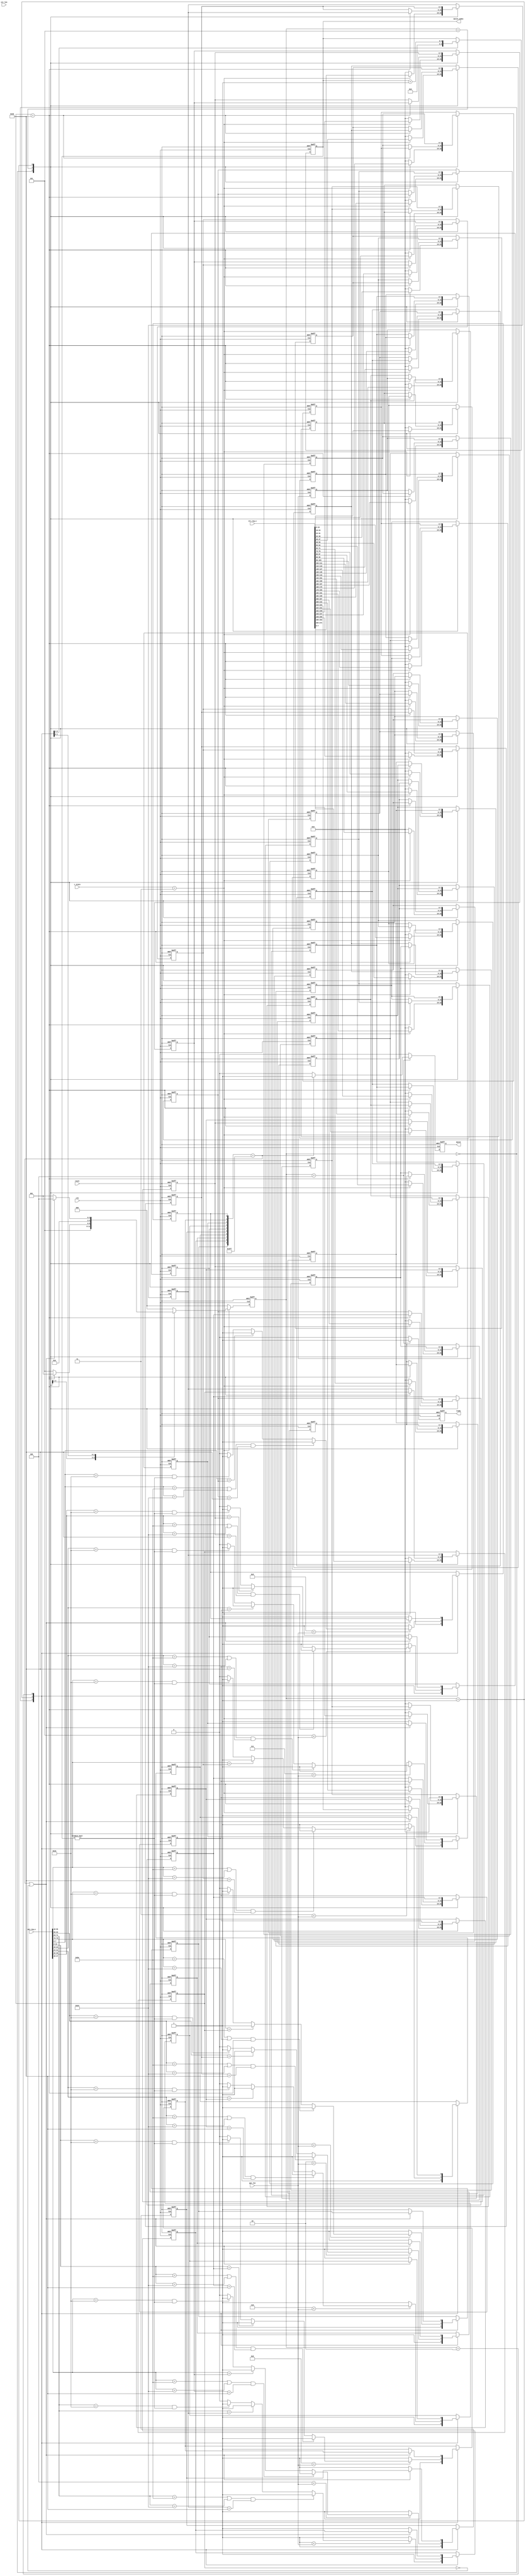
`timescale 1ns/10ps
module SME_COMP (
        input reset,
        input clk,
        input [271:0] str_reg_w,
        input [79:0] pat_reg_w,
        input [5:0] str_len,
        input [3:0] pat_len,
        input [2:0] c_state,
        output reg ready,
        output reg match,
        output reg [4:0] match_index
);

// ----------------------------------------------------------------------------
// parameter & genvar
// ----------------------------------------------------------------------------
parameter HEAD = 8'd94;
parameter TAIL = 8'd36;
parameter DOT = 8'd46;
parameter SPACE = 8'd32;

parameter COMP = 'd3;

parameter S_IDLE = 'd0;
parameter S_CLEAN = 'd5;
parameter S_COMP = 'd1;
parameter S_CHECK = 'd2;
parameter S_OUTPUT = 'd4;

genvar i;

// ----------------------------------------------------------------------------
// reg & wire
// ----------------------------------------------------------------------------


reg [7:0] str_buf[33:0];
reg [9:0] flag;
reg [2:0] cs;



wire [7:0] str_reg[33:0];
wire [7:0] pat_reg[9:0];
generate
for(i = 0; i<34; i= i+1)begin
	assign str_reg[i] = str_reg_w[8*i +:8];
end
endgenerate
generate
for(i = 0; i<10; i= i+1)begin
	assign pat_reg[i] = pat_reg_w[8*i +:8];
end
endgenerate


// ----------------------------------------------------------------------------
// Design
// ----------------------------------------------------------------------------

generate 
for (i = 0; i < 10; i = i + 1) begin
    always @(posedge clk or posedge reset) begin
        if (reset) flag[i] <= 1'b0;
        else begin
            case (cs) 
                S_IDLE : flag[i] <= 1'b1;
                S_COMP : begin
                    if (9 - i < pat_len) begin
                        if ((pat_reg[i] == HEAD || pat_reg[i] == TAIL) && str_buf[i + 24] == SPACE) flag[i] <= 1'b1;
                        else if (pat_reg[i] == str_buf[i + 24]) flag[i] <= 1'b1;
                        else if (pat_reg[i] == DOT && match_index != 5'd0) flag[i] <= 1'b1;
                        else flag[i] <= 1'b0;
                    end
                    else flag[i] <= 1'b1;
                end
                S_CHECK : flag[i] <= (flag == 10'b11_1111_1111 || str_buf[33] == 8'd0) ? flag[i] : 1'b1;
                default : flag[i] <= flag[i];
            endcase
        end
    end
end
endgenerate

// always @(posedge clk or posedge reset) begin
//     if (reset) cnt <= 3'd0;
//     else begin
//         case (cs) 
//             S_COMP : cnt <= (cnt != pat_len) ? cnt + 3'd1 : 3'd0;
//             default : cnt <= 3'd0;
//         endcase
// 
//     end
// end

generate
for (i = 0; i < 34; i = i + 1) begin
    if (i != 0) begin
        always @(posedge clk or posedge reset) begin
            if (reset) str_buf[i] <= 8'd0; 
            else begin
                case (cs)
                    S_IDLE : str_buf[i] <= (c_state == COMP) ? str_reg[i] : 8'd0;
                    S_CLEAN : str_buf[i] <= (str_buf[33] == 8'd32) ? str_buf[i] : str_buf[i - 1];
                    S_COMP : str_buf[i] <= str_buf[i - 1];
                    default : str_buf[i] <= str_buf[i];
                endcase
            end
        end
    end
    else begin
        always @(posedge clk or posedge reset) begin
            if (reset) str_buf[i] <= 8'd0; 
            else begin
                case (cs)
                    S_IDLE : str_buf[i] <= (c_state == COMP) ? str_reg[i] : 8'd0;
                    S_CLEAN : str_buf[i] <= (str_buf[33] == 8'd32) ? str_buf[i] : 8'd0;
                    S_COMP : str_buf[i] <= 8'd0;
                    default : str_buf[i] <= str_buf[i];
                endcase
            end
        end
    end
end
endgenerate



// ----------------------------------------------------------------------------
// FSM & Output 
// ----------------------------------------------------------------------------
always @(posedge clk or posedge reset) begin
    if (reset) cs <= S_IDLE;
    else if (c_state == COMP) begin
        case (cs) 
            S_IDLE : cs <= S_CLEAN;
            S_CLEAN : cs <= (str_buf[33] == 8'd32) ? S_COMP : S_CLEAN;
            S_COMP : cs <= S_CHECK; 
            S_CHECK : cs <= (flag == 10'b11_1111_1111 || str_buf[33] == 8'd0) ? S_OUTPUT : S_COMP;
            // S_OUTPUT : cs <= S_IDLE;
            default : cs <= S_IDLE;
        endcase 
    end
    else cs <= S_IDLE;
end

always @(posedge clk or posedge reset) begin
    if (reset) match_index <= 5'd0;
    else begin
        case (cs)
            S_IDLE : match_index <= 5'd0;
            S_COMP : match_index <= match_index + 5'd1; 
            default : match_index <= match_index;
        endcase 
    end 
end

always @(posedge clk or posedge reset) begin
    if (reset) match <= 1'b0;
    else if (cs == S_OUTPUT) match <= (flag == 10'b11_1111_1111) ? 1'b1 : 1'b0;
    else match <=1'b0;
end

always @(posedge clk or posedge reset) begin
    if (reset) ready <= 1'b0;
    else if (cs == S_OUTPUT) ready <= 1'b1;
    else ready <= 1'b0;
end



endmodule